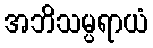
အဘိသမ္ပရာယံ